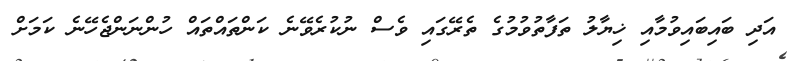
އަދި ބައިބައިވުމާއި ޚިޔާލު ތަފާތުވުމުގެ ތެރޭގައި ވެސް ނުކުރެވޭނެ ކަންތައްތައް ހުންނަންޖެހޭނެ ކަމަށް